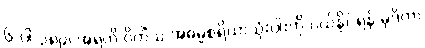
၆-ပါ-၃၈၉၊ အရတိ ဝိတိံသ အဓမ္မစရိယာသုံးပါးကို ပယ်နိုင်ရန် မုဒိတာ